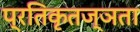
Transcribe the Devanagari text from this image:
प्रतिकृतज्ञता